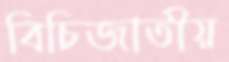
বিচিজাতীয়